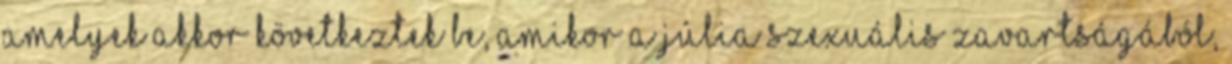
amelyek akkor következtek be, amikor a Júlia szexuális zavartságából,